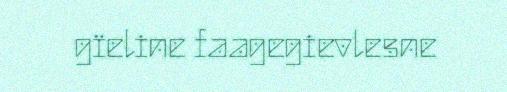
gïeline faagegievlesne